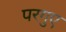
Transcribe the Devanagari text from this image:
परगुए